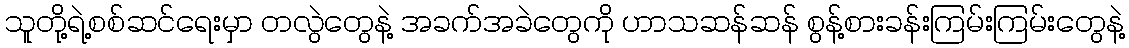
သူတို့ရဲ့စစ်ဆင်ရေးမှာ တလွဲတွေနဲ့ အခက်အခဲတွေကို ဟာသဆန်ဆန် စွန့်စားခန်းကြမ်းကြမ်းတွေနဲ့